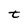
Character: t